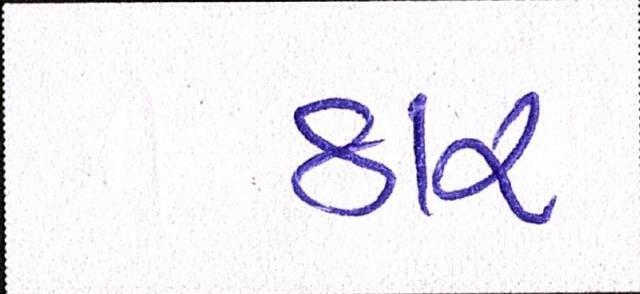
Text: ઠાર